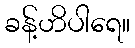
ခန့်ဟိပါရေ။